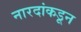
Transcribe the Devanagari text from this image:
नारदांकडून